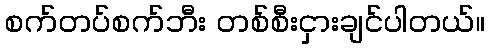
စက်တပ်စက်ဘီး တစ်စီးငှားချင်ပါတယ်။